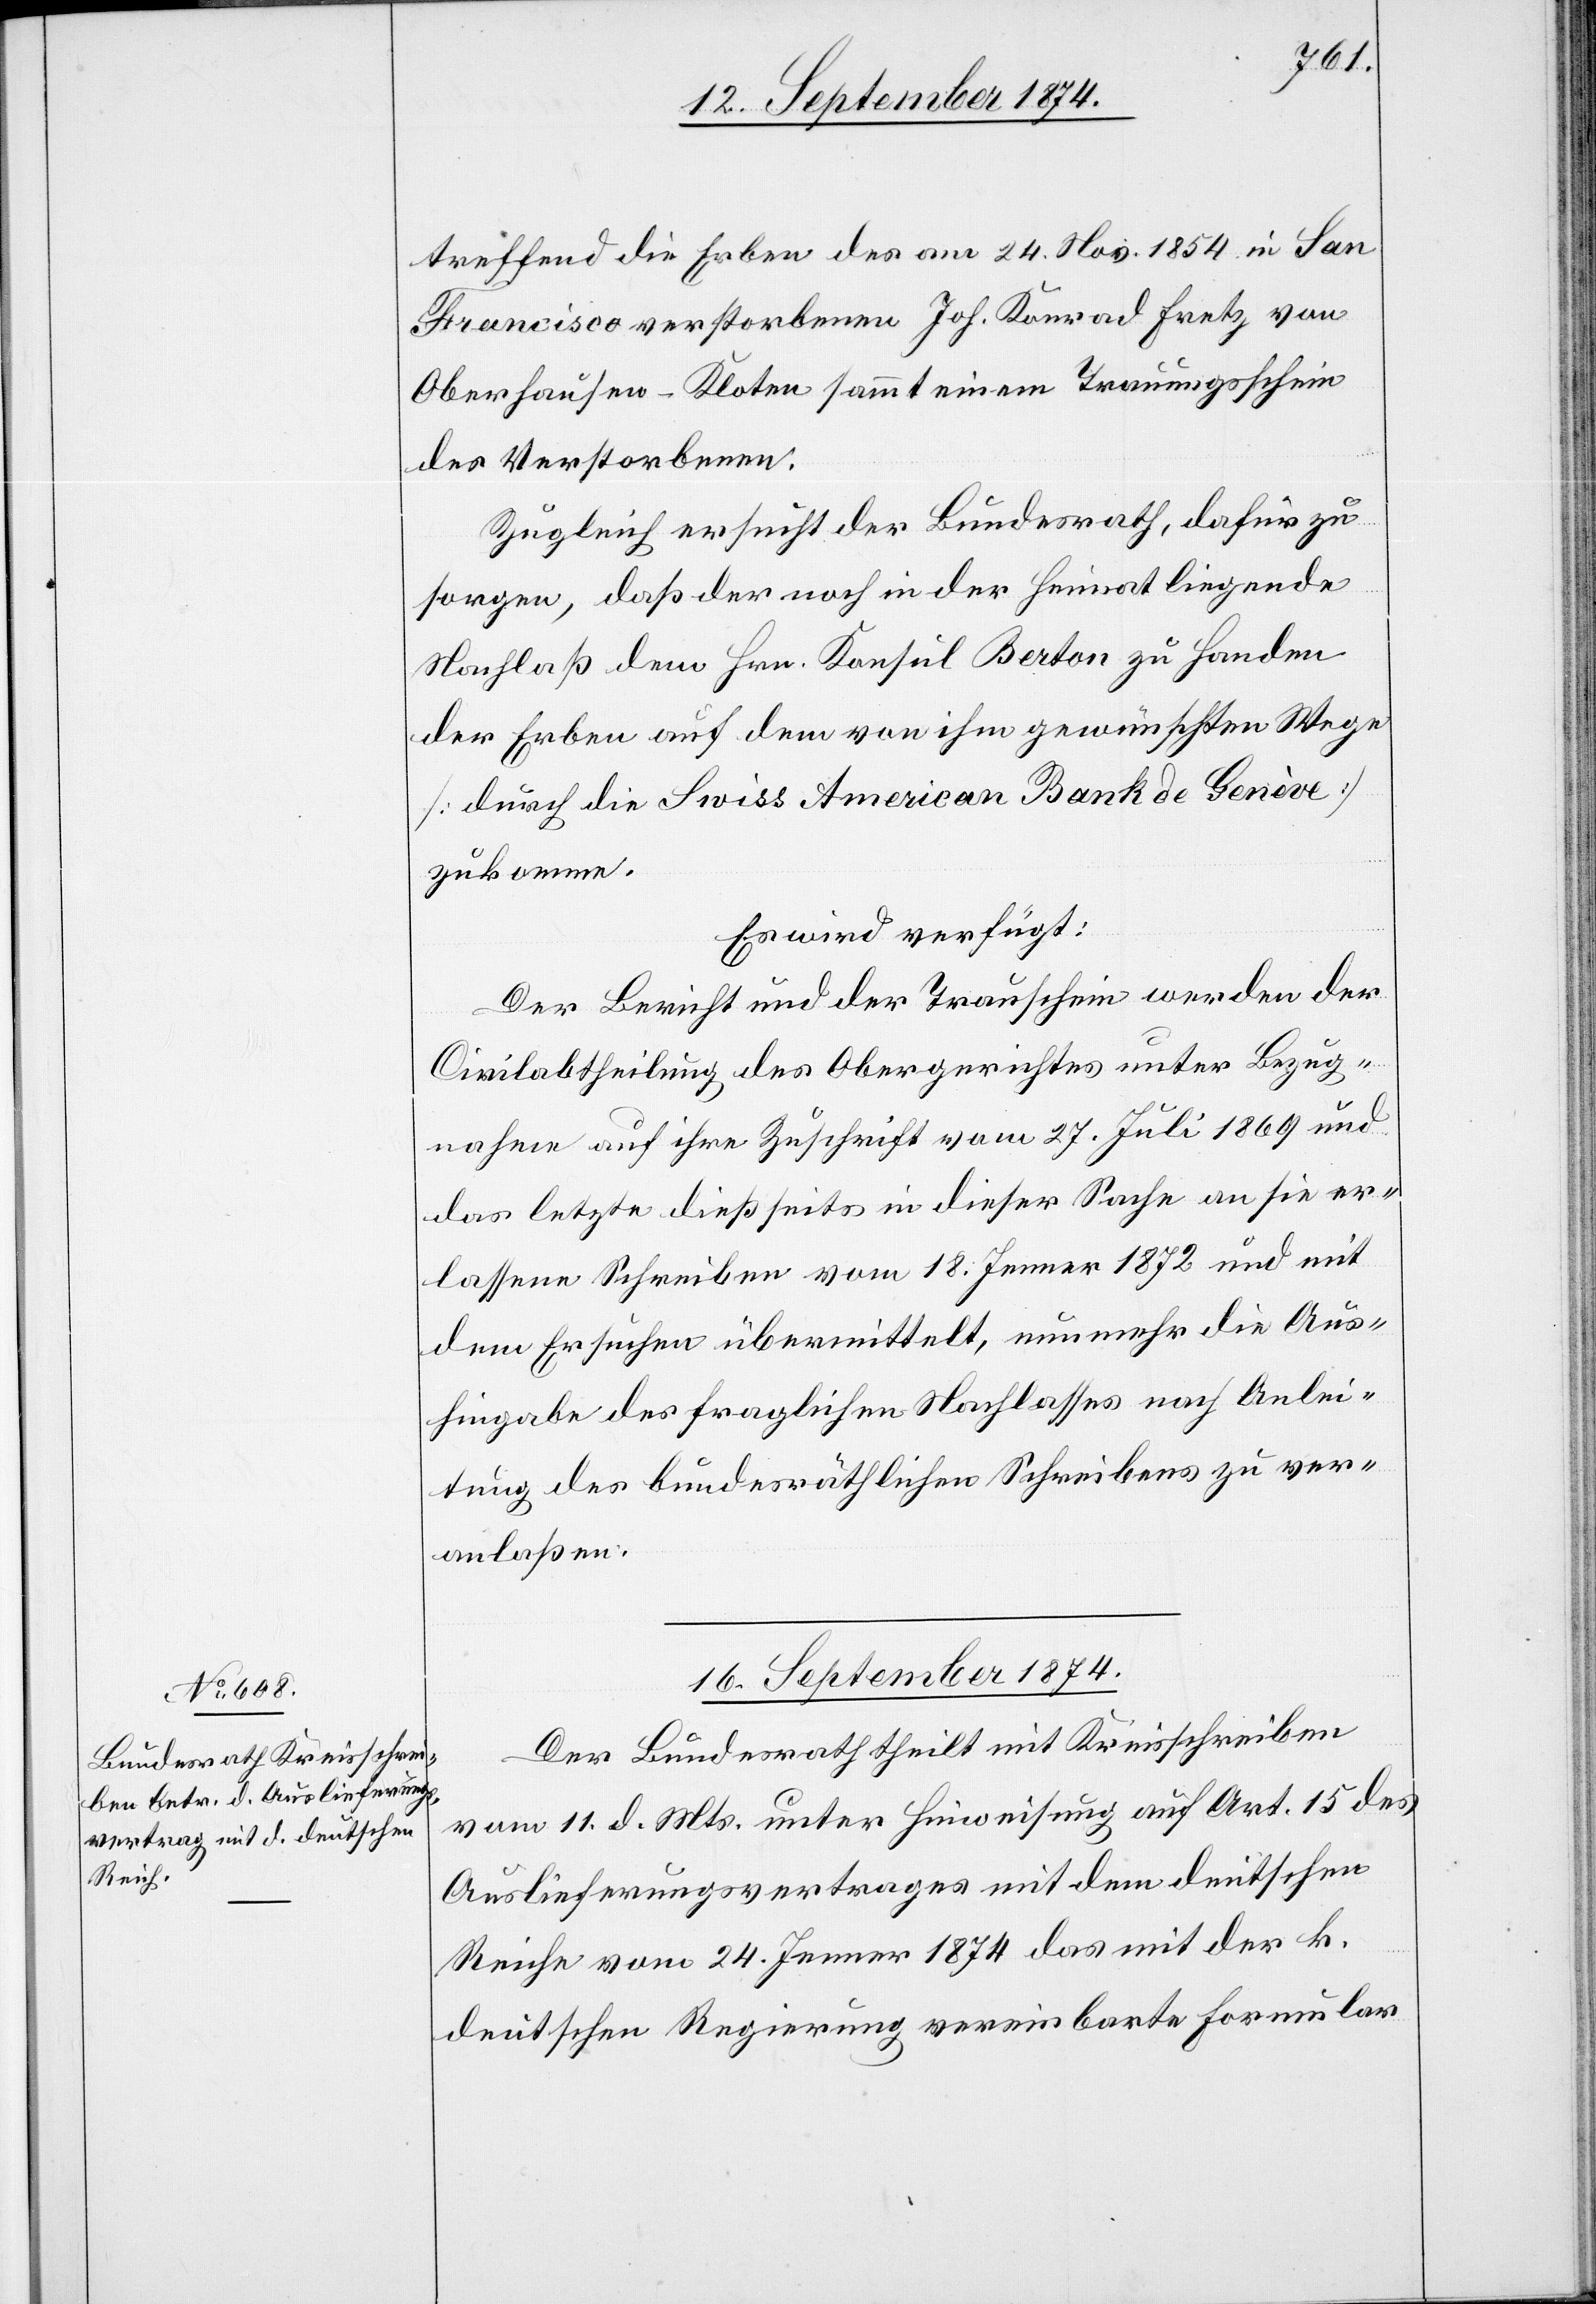
treffend die Erben des am 24. Nov. 1854 in San
Francisco verstorbenen Joh. Konrad Fretz von
Oberhausen-Kloten sammt einem Trauungsschein
des Verstorbenen.
Zugleich ersucht der Bundesrath, dafür zu
sorgen, daß der noch in der Heimat liegende
Nachlaß dem Hrn. Konsul Berton zu Handen
der Erben auf dem von ihm gewünschten Wege
[durch die Swiss American Bank de Genève]
zukomme.
Es wird verfügt:
Der Bericht und der Trauschein werden der
Civilabtheilung des Obergerichtes unter Bezug¬
nahme auf ihre Zuschrift vom 27. Juli 1869 und
das letzte dießseits in dieser Sache an sie er¬
lassene Schreiben vom 18. Jenner 1872 und mit
dem Ersuchen übermittelt, nunmehr die Aus¬
hingabe des fraglichen Nachlasses nach Anlei¬
tung des bundesräthlichen Schreibens zu ver¬
anlaßen.
16. September 1874.
Der Bundesrath theilt mit Kreisschreiben
vom 11. d. Mts. unter Hinweisung auf Art. 15 des
Auslieferungsvertrages mit dem deutschen
Reiche vom 24. Jenner 1874 das mit der k.
deutschen Regierung vereinbarte Formular